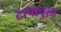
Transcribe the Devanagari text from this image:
टापाचुला